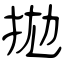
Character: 拋